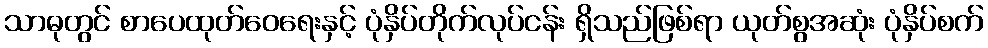
သာဓုတွင် စာပေထုတ်ဝေရေးနှင့် ပုံနှိပ်တိုက်လုပ်ငန်း ရှိသည်ဖြစ်ရာ ယုတ်စွအဆုံး ပုံနှိပ်စက်